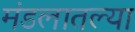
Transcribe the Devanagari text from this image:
मंडलातल्या